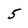
Character: 5